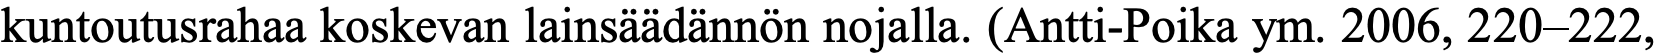
kuntoutusrahaa koskevan lainsäädännön nojalla. (Antti-Poika ym. 2006, 220–222,